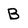
Character: B